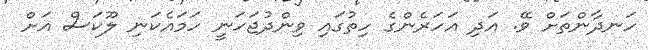
ހަނދާންތަށް ވޭ. އަދި އަހަރެންގެ ހިތުގައި ވިންދުޖަހަނީ ހަމައެކަނި ލޫކަސް އަށް